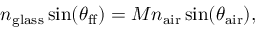
n _ { \mathrm { g l a s s } } \sin ( \theta _ { \mathrm { f f } } ) = M n _ { \mathrm { a i r } } \sin ( \theta _ { \mathrm { a i r } } ) ,